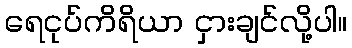
ရေငုပ်ကိရိယာ ငှားချင်လို့ပါ။